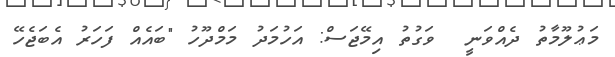
މަޢުލޫމާތު ދެއްވަނީ  ވަގުތު އިމޭޖަސް: އަހުމަދު މަމްދޫހު "ބައެއް ފަހަރު އެބަޖެހޭ